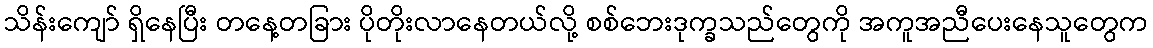
သိန်းကျော် ရှိနေပြီး တနေ့တခြား ပိုတိုးလာနေတယ်လို့ စစ်ဘေးဒုက္ခသည်တွေကို အကူအညီပေးနေသူတွေက